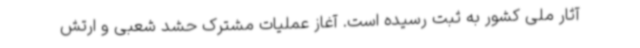
آثار ملی کشور به ثبت رسیده است. آغاز عملیات مشترک حشد شعبی و ارتش